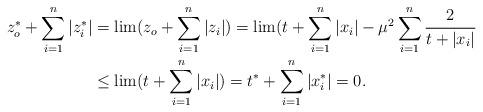
LaTeX: \begin{align*}z_o^* + \sum\limits_{i=1}^n|z_i^*| &= \lim (z_o+\sum\limits_{i=1}^n|z_i|) = \lim ( t+ \sum\limits_{i=1}^n|x_i| - \mu^2\sum\limits_{i=1}^n\cfrac{2}{t+|x_i|}\\& \leq \lim (t+\sum\limits_{i=1}^n|x_i|) = t^* + \sum\limits_{i=1}^n|x_i^*|=0.\end{align*}